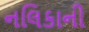
નલિકાની